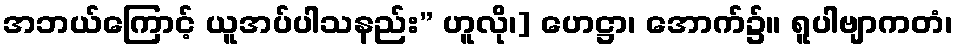
အဘယ်ကြောင့် ယူအပ်ပါသနည်း” ဟူလို၊] ဟေဋ္ဌာ၊ အောက်၌။ ရူပါဗျာကတံ၊